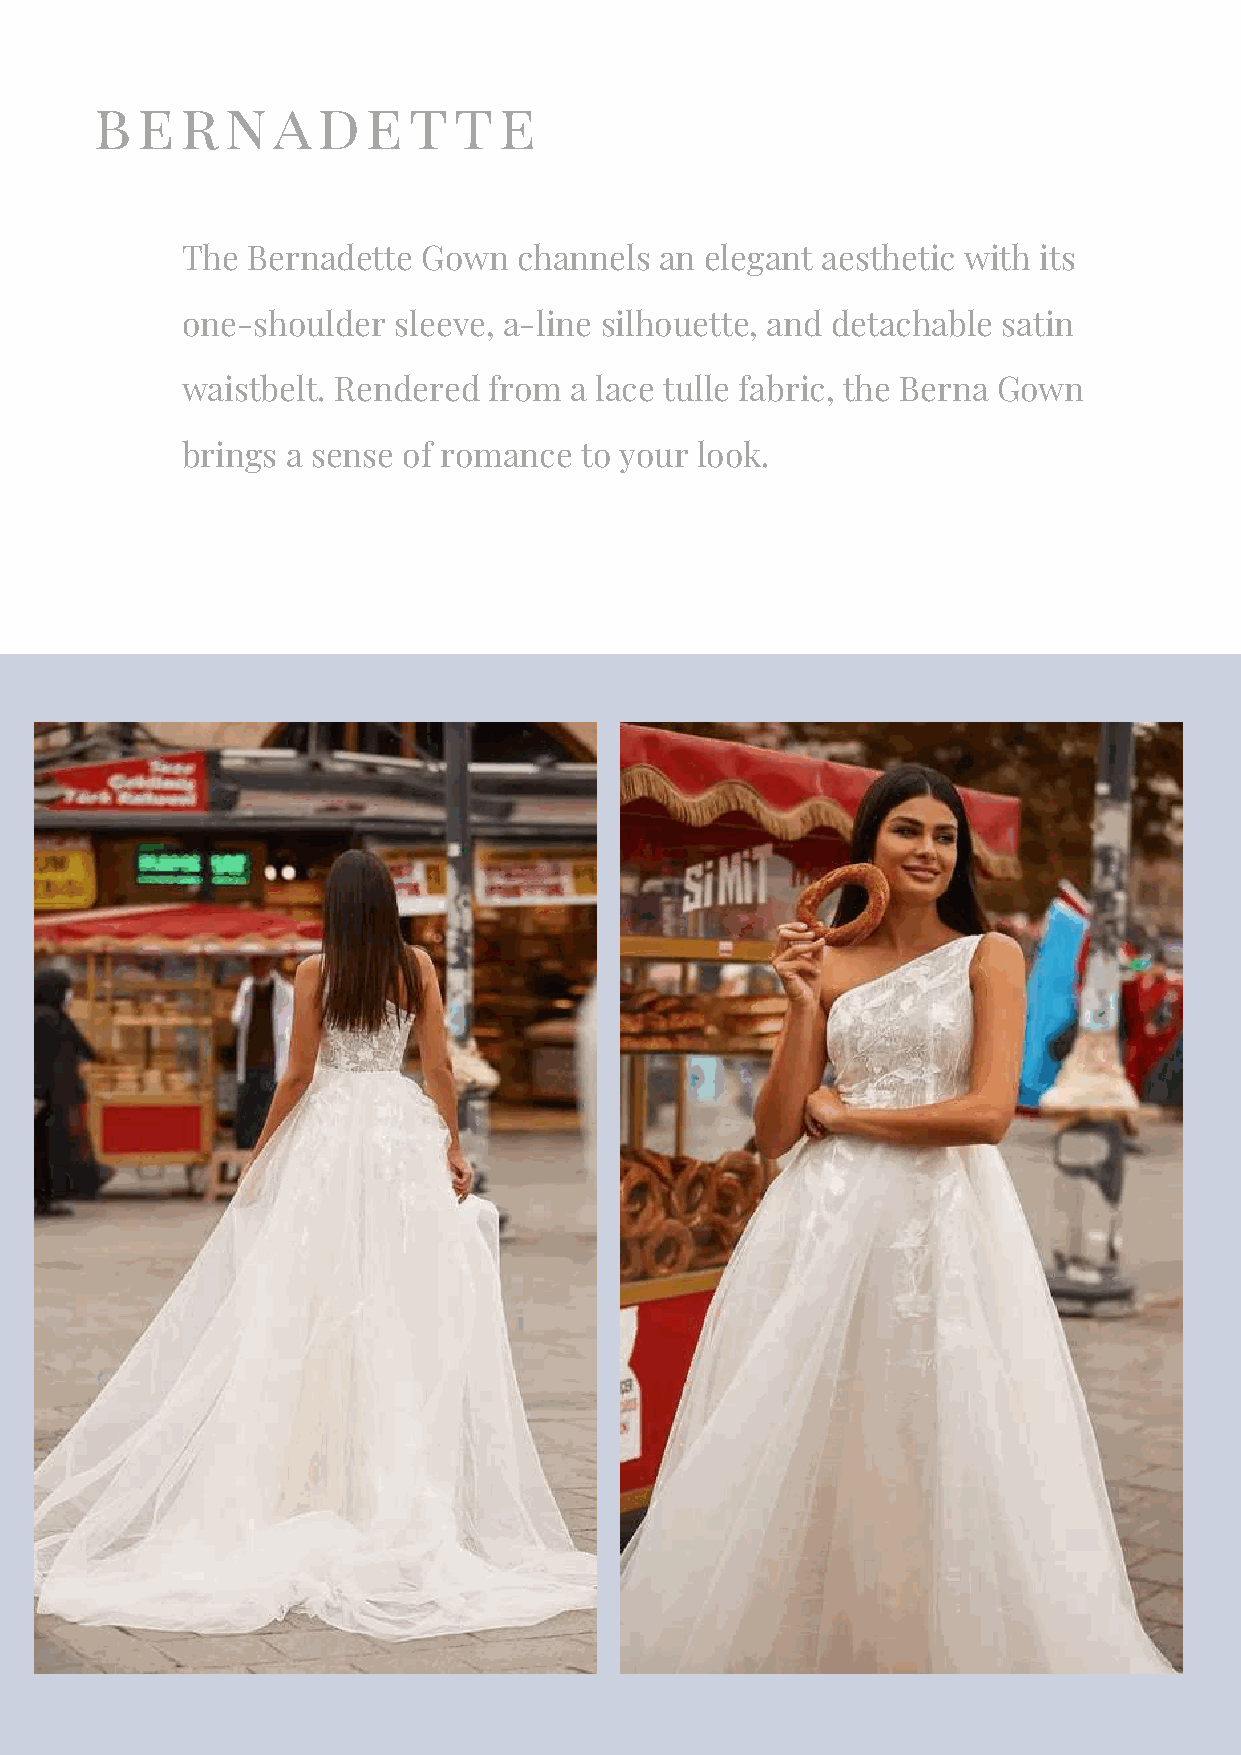
bernadette
 The Bernadette  Gown  channels  an elegant aesthetic with its
 one-shoulder  sleeve, a-line silhouette, and detachable satin
 waistbelt. Rendered from  a lace tulle fabric, the Berna Gown
 brings a sense of romance to your look.